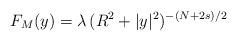
LaTeX: \begin{align*}F_M(y) =\lambda\,(R^2 + |y|^2)^{-(N+2s)/2}\end{align*}